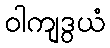
ဝါကျဒွယံ